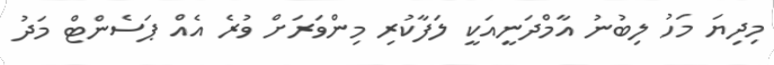
މިދިޔަ މަހު ލިބުނު އާމްދަނީއަކީ ލަފާކުރި މިންވަރަށް ވުރެ އެއް ޕަސެންޓް މަދު